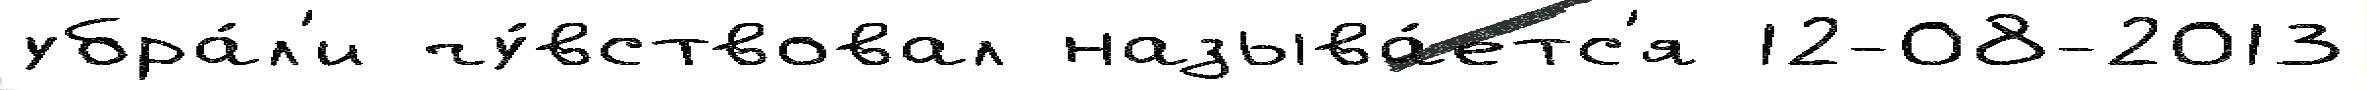
убра́л'и чу́вствовал называ́етс'я 12-08-2013